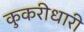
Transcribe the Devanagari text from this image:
कुकरीधारी